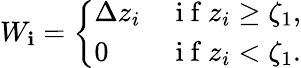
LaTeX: W_{\mathbf{i}}=\left\{ \begin{array}{ll}{\Delta z_{i}}&{\mathrm{~i~f~}z_{i}\ge\zeta_{1},}\\ {0}&{\mathrm{~i~f~}z_{i}<\zeta_{1}.}\end{array}\right.